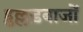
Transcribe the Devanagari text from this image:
हुल्लड़बाजों